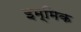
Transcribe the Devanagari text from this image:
इम्मिक